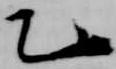
乙